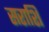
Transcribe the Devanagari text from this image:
सराशि